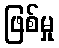
ဖြစ်မှု